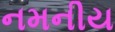
નમનીય